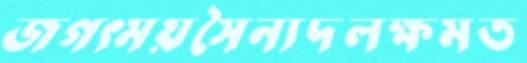
জগৎময়সৈন্যদলক্ষমত